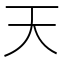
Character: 天